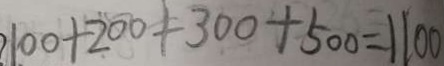
1 0 0 + 2 0 0 + 3 0 0 + 5 0 0 = 1 1 0 0